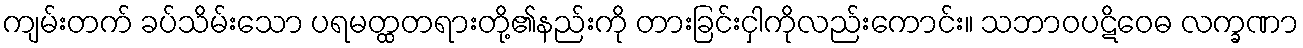
ကျမ်းတက် ခပ်သိမ်းသော ပရမတ္ထတရားတို့၏နည်းကို တားခြင်းငှါကိုလည်းကောင်း။ သဘာဝပဋိဝေဓ လက္ခဏာ